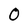
Character: O